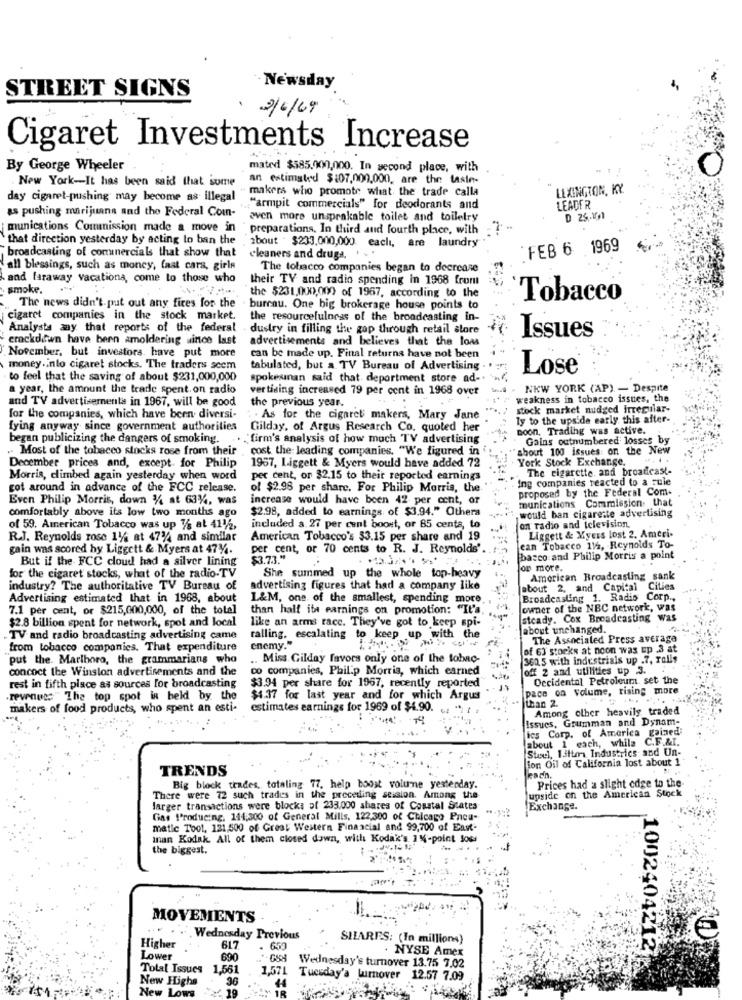
- Newsday
STREET SIGNS
2/6/69
Cigaret Investments Increase
....
By George Wheeler
mated $585.000,000. In second place, with
.New York-It has been said that some
an estimated $107,000,000, are the taste-
- makers who promote what the trade calla
LEXINGTON, KY
day cigaret-pushing may become as illegal
.. "armpit commercials" for deodorants and
LEADER
as pushing marijuana and the Federal Coin- even more unspeakable toilet and toiletry
munications Commission made a move in
preparations, In third and fourth place, with ?
that direction yesterday by acting lo ban the
about . $233,000,000 eachı, are laundry
: FEB 6 1969
broadcasting of conunercials that show that
cleaners and druga, . . .
all blessings, such as money, fast cars, girls
The tobacco companies began to decrease
and faraway vacationa, come to those who
their TV and radio spending in 1968 from
smoke. .
the $231.000,000 of 1967, according to the
Tobacco
The news didn't. put out any fires for the
bureau. One big brokerage house points to
cigaret companies in the stock market.
the resourcefulness of the broadcasting in-
Analysts any that reports of the federal
dustry in filling the gop through retail store
crackdown have been amoldering since last
advertisements and believes that the loas
Issues
November, but investors. have put more
can be made up. Final returns have not been
money.into cigaret stocks. The traders scem
tabulated, but a TV Bureau of Advertising .
Lose®
to feel that the saving of about $231,000,000
spokesman said that deportment store ad -.
a year, the amount the trade spent. on radio
vertising increased 79 per cent in 1968 over
NEW YORK (AP) - Despite
and TV advertisementa in 1967, will be good
the previous year.
weakness in tobacco issues, the
stock market nudged Irregular-
for the companies, which have been diversi-
: . As for the cigaret makers, Mary Jane
ly to the upside early this after-
fying anyway since government authorities
Gilday, of Argus Research Co. quoted her
Boon, Trading was active.
began publicizing the dangers of smoking.
. . "firm's analysis of how much TV advertising
Gains outnumbered losses by
.. Most of the tobacco stocks rose from their
cost the leading companies. "We figured in
about 100 issues: on the New
York Stock Exchange.
December prices and, except for Philip
1957, Liggett & Myers would have added 72
The cigarette, and broadcast-
Morris, climbed again yesterday when word
per cent, or $2.15 to their reported earnings
ing companies reacted to a quie
got around in advance of the FCC release.
of $2.98 per share. For Philip Morris, the
proposed by the Federal Com-
Even Philip Morris, down & at 63%, was
increase would have been 42 per cent, or
munications Commission that
comfortably above its low two months ago
$2.98, added to earnings. of $3,94." Othera
would ban cigarette advertising
of 59. American Tobacco was up 7/6 at 411/2,
included a. 27 per cent boost, or 85 cents, to
on radio and television.
Liggett & Myers lost 2. Ameri.
R.J. Reynolds rose 11/4 at 47'44 and similar
American Tobacco's $3.15 per share and 19
gain was scored hy Liggett & Myers at 474.
per cent, or 70 cents to R. J. Reynolds' ..
can Tobacco 115, Reynolds To-
But if the FCC cloud had a silver lining
$3.73."
: ...
basco and Philip Morris a point
on more.
for the cigaret stocks, what of the radio-TV
She summed up the whole top-heavy
American Broadcasting sank
industry? The authoritative TV Bureau of
advertising figures that had a company like
about 2, and Capital Cities
Advertising estimated that in 1968, about
1.&M, one of the smallest, spending more, ,
Broadcasting 1. Radio Corp .,
7.1 per cent, or $215,600,000, of the total
than half ita earnings on promotion: "It's.
owner of the NBC network, was
like an arms race. They've got to keep spi-
steady. Cox Broadcasting w
$2.8 billion spent for network, spot and local
about unchanged.
TV and radio broadcasting advertising came
ralling. escalating to keep up with the
The Associated Press averaga
from tobacco companies. That expenditure
enemy."
of 63 stocks at noon was up 3 at
put the. Marlboro, the grammarians who
Miss Gilday favors only one of the tobac-
362. 5 with industrials up .7, rolls
concoct the Winston advertisements and the
co companies, Philip Morris, which earned
off 2 and utilities up .3.
$3.94 per share for 1967, recently reported"
Occidental Petroleum set the
rest in fifth place as sources for broadcasting
pace on volume, rising more
.revenues The top spot in held by the
$4.37 for last year and for which Argus
than 2.
makers of food products, who spent an esti-
estimates earnings for 1969 of $4.90.
Among olher heavily traded
Issues, Grumman and Dynam-
ics Corp. of America gained:
about 1 each, while C.F.&I.
Steel, Wilton Industries and Un-
ion Oil of California lost about 1
TRENDS
Big block trades, totaling 77. help boost volume yesterday.
upside on the American Stock
Prices had a slight edge to the-
There were 72 such trades in the preceding session. Among the
larger transactions were blocks of 233,000 shares of Coastal States
Exchange.
Gas Producing. 144:300 of General Mills, 122,300 of Chicago Pneu-
matic Tool, 121,500 of Great Western Financial and 99,700 of East-
Inan Kodak. All of them closed down, with Kodak's 1%-point Joss
the biggest.
MOVEMENTS
Wednesday Previous
SHARES: (In millions)
Higher
517
650
NYSE Amex
1002404212
Lower
690
Total Issues
1.561
-088 Wednesday's turnover 13.75 7.02
New Highs
1,571 Tuesday's lumover 12.57 7.09
4
New Lows